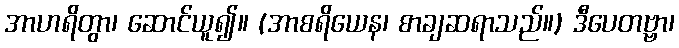
အာဟရိတွာ၊ ဆောင်ယူ၍။ (အာစရိယေန၊ စာချဆရာသည်။) ဒီပေတဗ္ဗာ၊